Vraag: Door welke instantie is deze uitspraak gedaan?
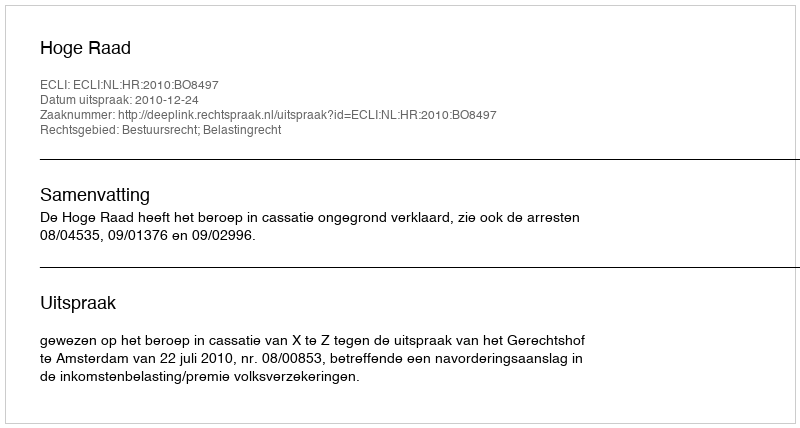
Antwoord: Hoge Raad